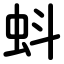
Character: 蚪